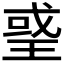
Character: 𤦒